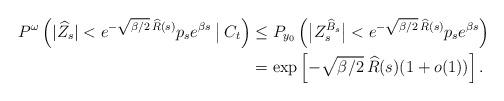
LaTeX: \begin{align*} P^\omega\left(|\widehat{Z}_s|< e^{-\sqrt{\beta/2}\,\widehat{R}(s)} p_s e^{\beta s} \:\big|\: C_t \right)&\leq P_{y_0}\left(\big| Z_s^{\widehat{B}_s}\big|< e^{-\sqrt{\beta/2}\,\widehat{R}(s)} p_s e^{\beta s}\right) \\&=\exp\left[-\sqrt{\beta/2}\,\widehat{R}(s)(1+o(1))\right]. \end{align*}